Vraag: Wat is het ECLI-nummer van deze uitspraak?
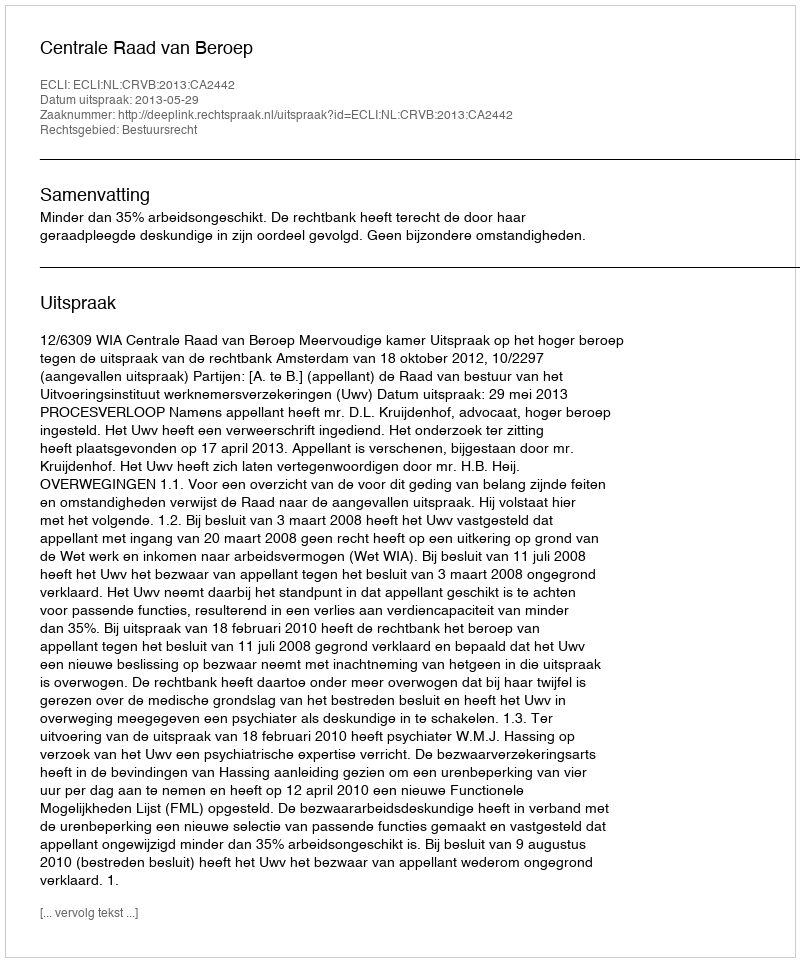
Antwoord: ECLI:NL:CRVB:2013:CA2442